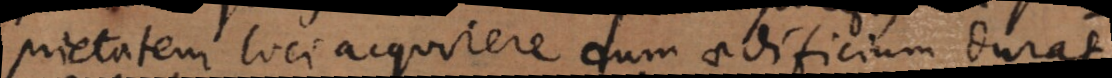
prietatem loci acquirere dum aedificium durat,